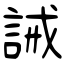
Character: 誡